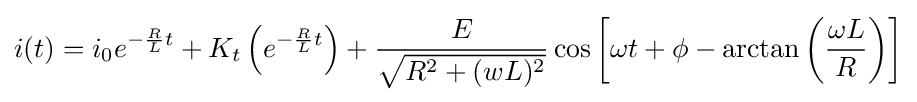
i(t)=i_{0}e^{-{\frac {R}{L}}t}+K_{t}\left(e^{-{\frac {R}{L}}t}\right)+{\frac {E}{\sqrt {{R^{2}}+{(wL)^{2}}}}}\cos \left[\omega t+\phi -\arctan \left({\frac {\omega L}{R}}\right)\right]